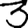
Digit: 3